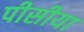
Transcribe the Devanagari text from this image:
पीसीया